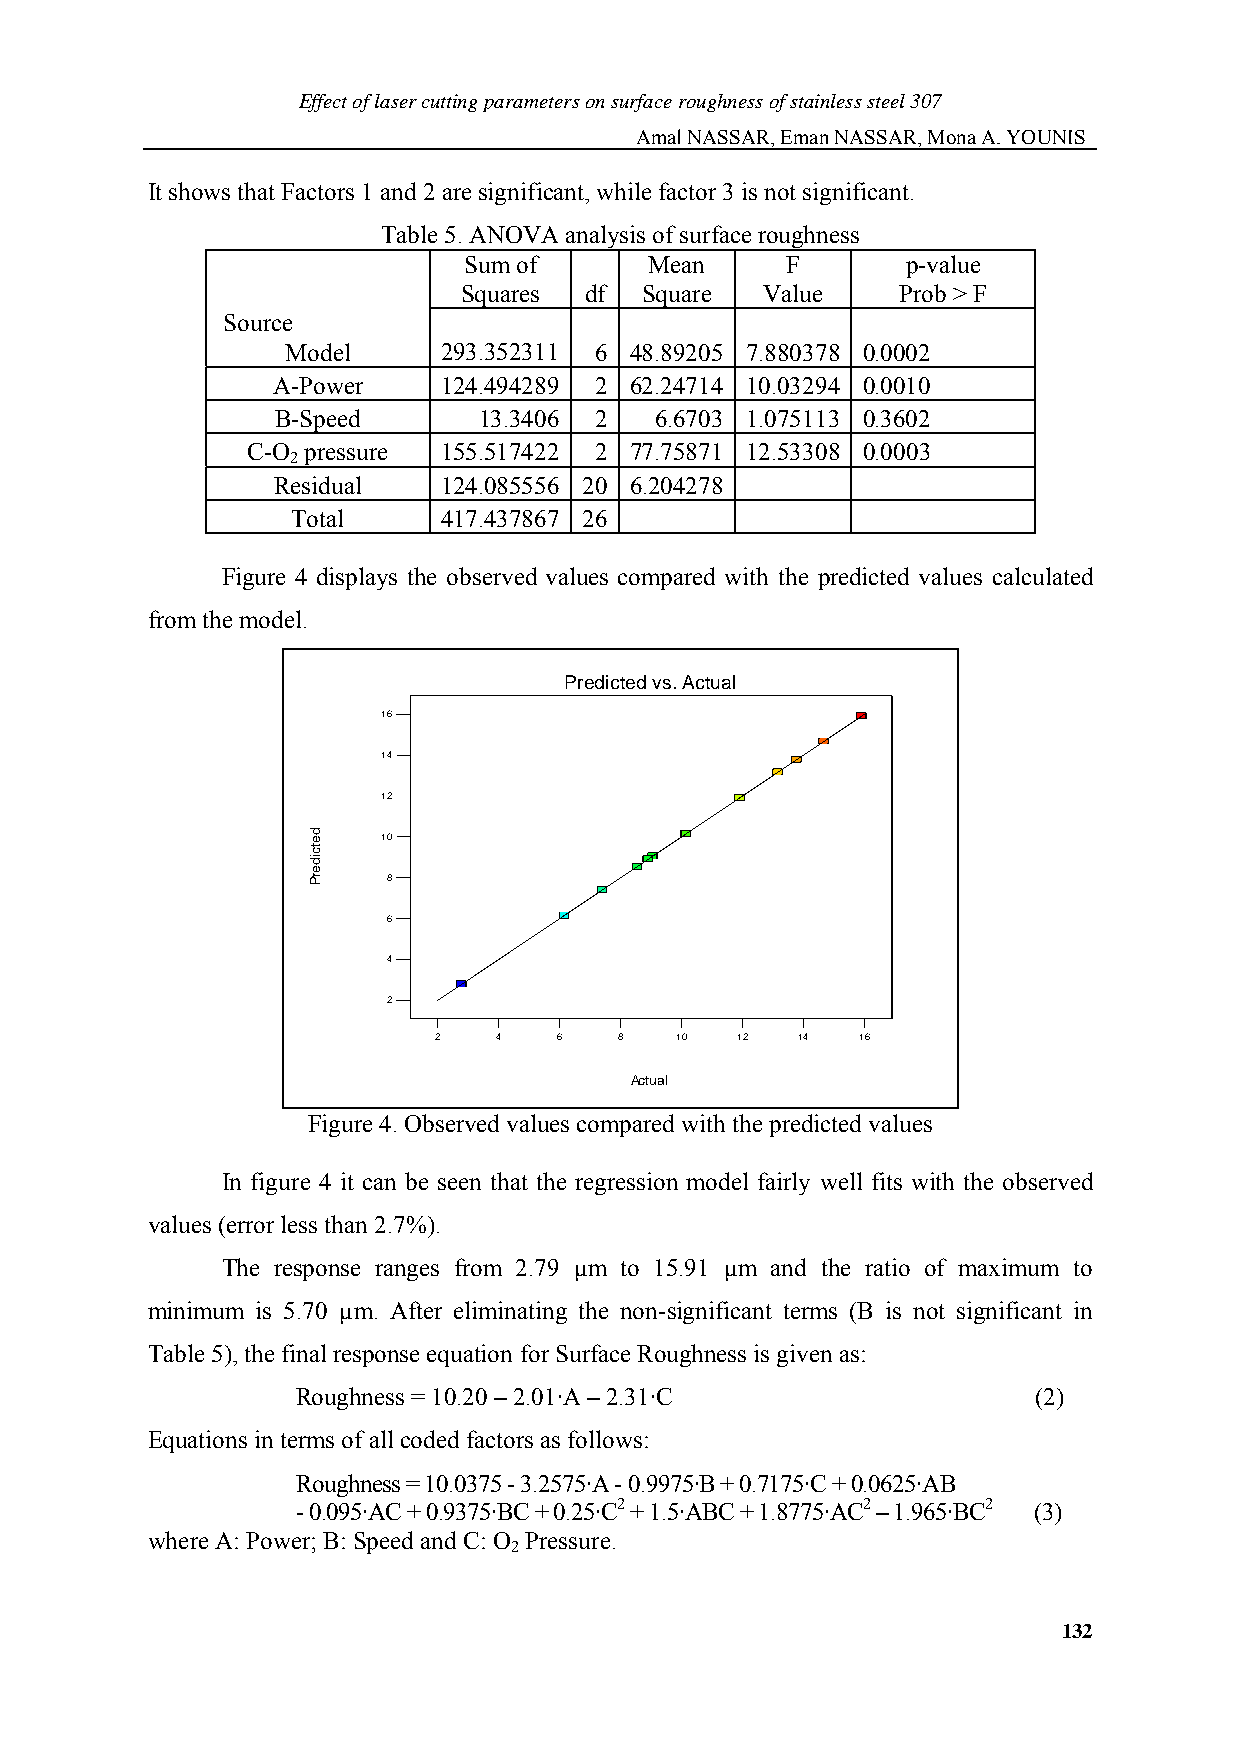
Effect of laser cutting parameters on surface roughness of stainless steel 307
 Amal NASSAR, Eman NASSAR, Mona A. YOUNIS
 It shows that Factors 1 and 2 are significant, while factor 3 is not significant.
 Table 5. ANOVA analysis of surface roughness
 Sum of      Mean     F       p-value
 Squares  df Square  Value    Prob > F
 Source
 Model     293.352311 6 48.89205 7.880378 0.0002
 A-Power    124.494289 2 62.24714 10.03294 0.0010
 B-Speed       13.3406 2  6.6703 1.075113 0.3602
 C-O pressure 155.517422 2 77.75871 12.53308 0.0003
 2
 Residual   124.085556 20 6.204278
 Total     417.437867 26
 Figure 4 displays the observed values compared with the predicted values calculated
 from the model.
 Predicted vs. Actual
 16
 14
 12
 10
 8
 6
 4
 2
 2   4   6   8   10  12  14  16
 Actual
 Figure 4. Observed values compared with the predicted values
 In figure 4 it can be seen that the regression model fairly well fits with the observed
 values (error less than 2.7%).
 The response ranges from 2.79 µm to 15.91 µm and the ratio of maximum to
 minimum is 5.70 µm. After eliminating the non-significant terms (B is not significant in
 Table 5), the final response equation for Surface Roughness is given as:
 Roughness = 10.20 – 2.01·A – 2.31·C             (2)
 Equations in terms of all coded factors as follows:
 Roughness = 10.0375 - 3.2575·A - 0.9975·B + 0.7175·C + 0.0625·AB
 - 0.095·AC + 0.9375·BC + 0.25·C2 + 1.5·ABC + 1.8775·AC2 – 1.965·BC2 (3)
 where A: Power; B: Speed and C: O Pressure.
 2
 132
 detciderP